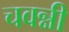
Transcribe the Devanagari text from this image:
चवन्नी